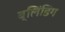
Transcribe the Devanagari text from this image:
ब्लिंडिग